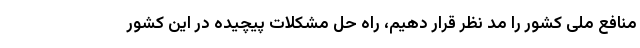
منافع ملی کشور را مد نظر قرار دهیم، راه حل مشکلات پیچیده در این کشور